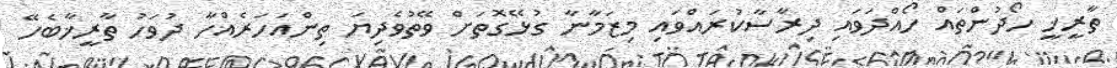
ތާރީޚީ ހޯދުންތައް ހޯއްދަވައި ދިރާސާކުރައްވައި މިޒަމާނާ ގުޅޭގޮތަށް ވޭތުވެދިޔަ ތިންއަހަރެއްހާ ދުވަހު ތާރީޚާބެހޭ